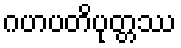
ဂဟပတိပုတ္တဿ